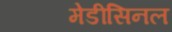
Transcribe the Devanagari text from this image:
मेडीसिनल